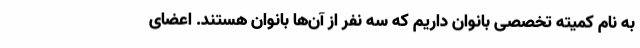
به نام کمیته تخصصی بانوان داریم که سه نفر از آن‌ها بانوان هستند. اعضای